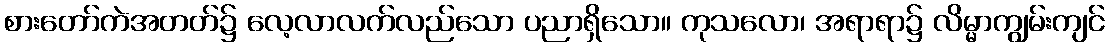
စားတော်ကဲအတတ်၌ လေ့လာလက်လည်သော ပညာရှိသော။ ကုသလော၊ အရာရာ၌ လိမ္မာကျွမ်းကျင်